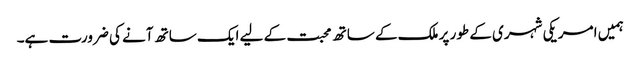
ہمیں امریکی شہری کے طور پر ملک کے ساتھ محبت کے لیے ایک ساتھ آنے کی ضرورت ہے۔